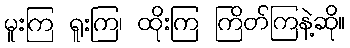
မူးကြ ရူးကြ၊ ထိုးကြ ကြိတ်ကြနဲ့ဆို။